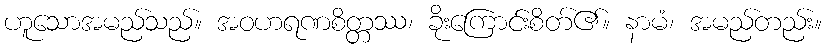
ဟူသောအမည်သည်။ အဝဟရဏစိတ္တဿ၊ ခိုးကြောင်းစိတ်၏။ နာမံ၊ အမည်တည်း။